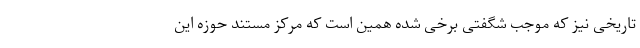
تاریخی نیز که موجب شگفتی برخی شده همین است که مرکز مستند حوزه این